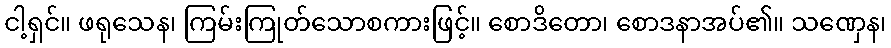
ငါ့ရှင်။ ဖရုသေန၊ ကြမ်းကြုတ်သောစကားဖြင့်။ စောဒိတော၊ စောဒနာအပ်၏။ သဏှေန၊